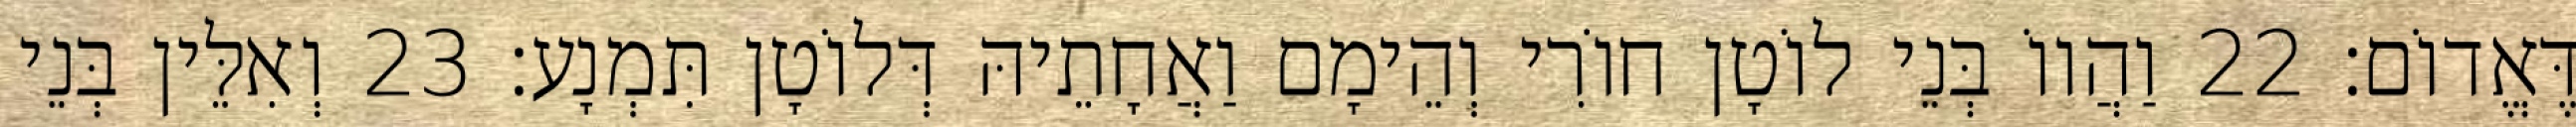
דֶּאֱדוֹם׃ 22 וַהֲווֹ בְּנֵי לוֹטָן חוֹרִי וְהֵימָם וַאֲחָתֵיהּ דְּלוֹטָן תִּמְנָע׃ 23 וְאִלֵּין בְּנֵי